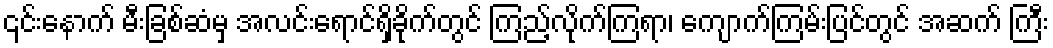
၎င်းနောက် မီးခြစ်ဆံမှ အလင်းရောင်ရှိခိုက်တွင် ကြည့်လိုက်ကြရာ၊ ကျောက်ကြမ်းပြင်တွင် အဆက် ကြီး